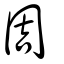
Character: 周